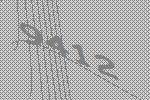
9412